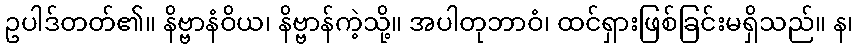
ဥပါဒ်တတ်၏။ နိဗ္ဗာနံဝိယ၊ နိဗ္ဗာန်ကဲ့သို့။ အပါတုဘာဝံ၊ ထင်ရှားဖြစ်ခြင်းမရှိသည်။ န၊